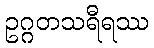
ဥဂ္ဂတသရီရဿ